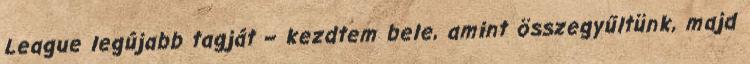
League legújabb tagját – kezdtem bele, amint összegyűltünk, majd